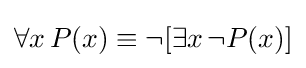
\forall x\,P(x)\equiv \neg [\exists x\,\neg P(x)]